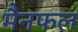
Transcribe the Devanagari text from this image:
मैनफल